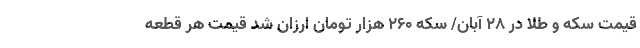
قیمت سکه و طلا در ۲۸ آبان/ سکه ۲۶۰ هزار تومان ارزان شد قیمت هر قطعه